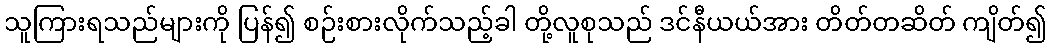
သူကြားရသည်များကို ပြန်၍ စဉ်းစားလိုက်သည့်ခါ တို့လူစုသည် ဒင်နီယယ်အား တိတ်တဆိတ် ကျိတ်၍